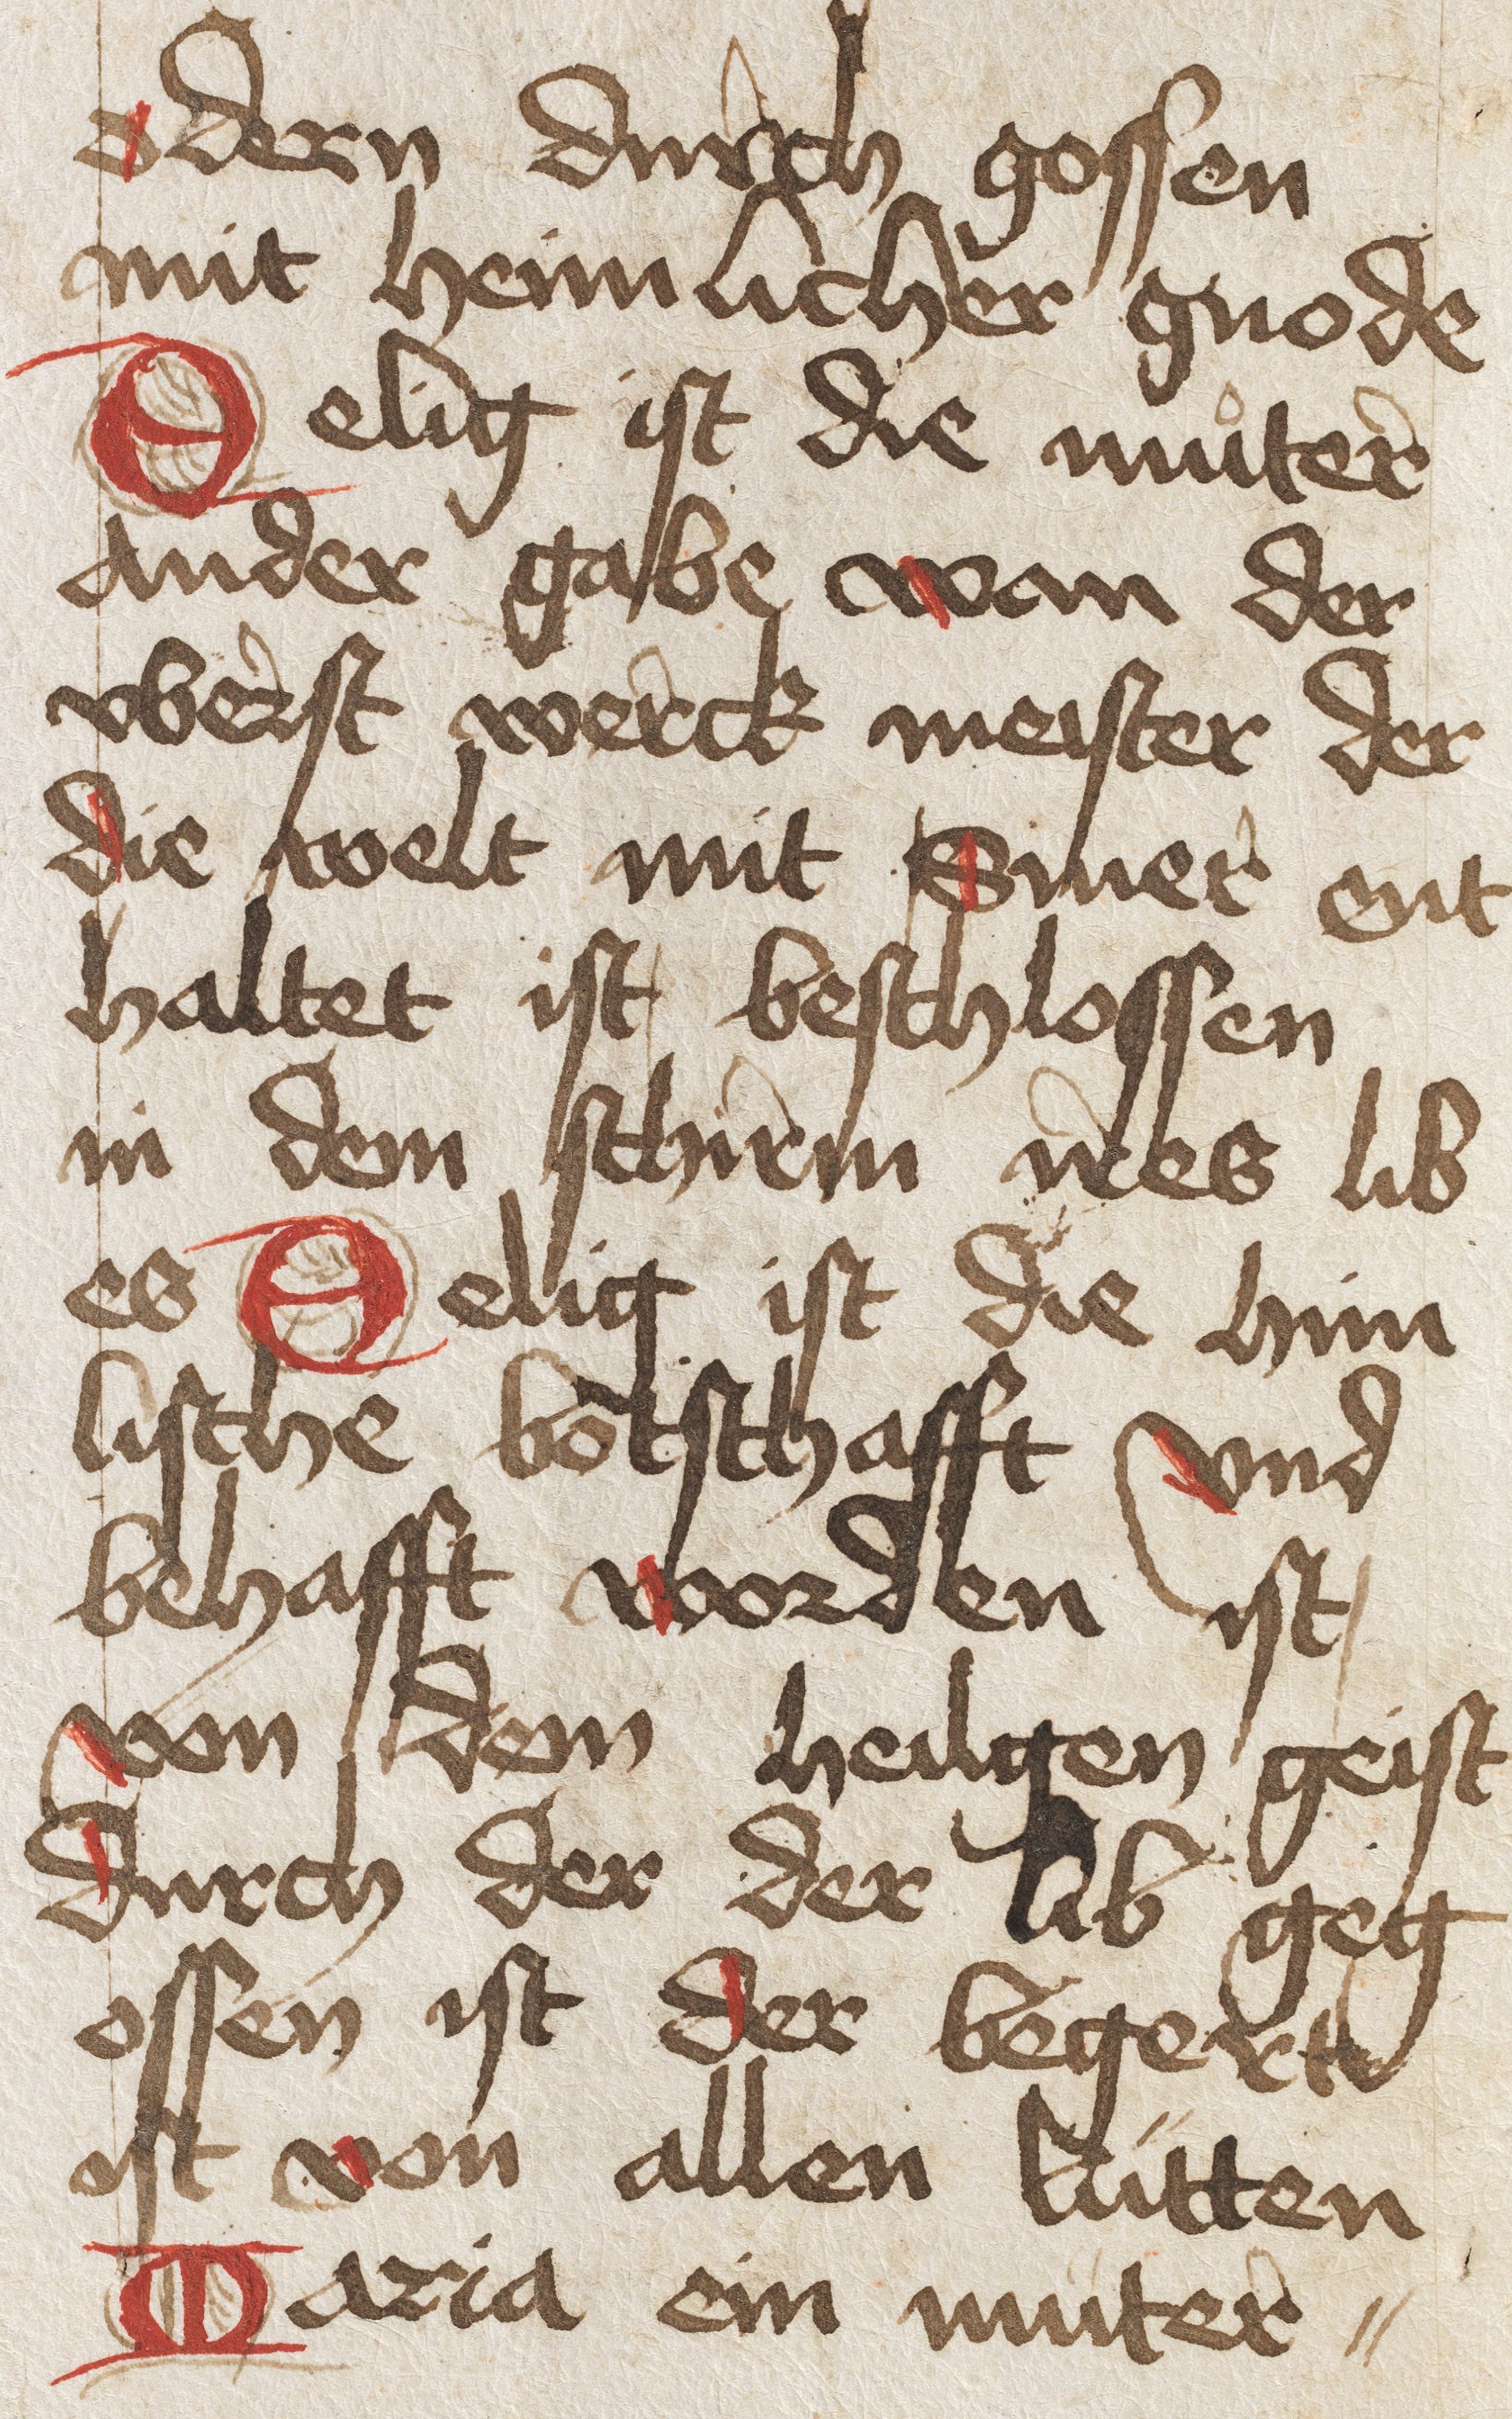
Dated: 1450–1499